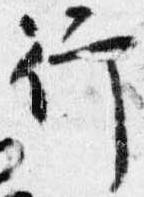
行